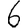
Digit: 6